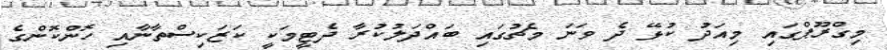
މިގްރޫޕްގައި މިއަދު ކުޅޭ ދެ ވަނަ މެޗުގައި ބައްދަލުކުރާ ދެޓީމަކީ ކަޒަކިސްތާނާއި ހޮންކޮންގެ